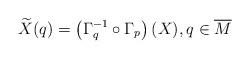
LaTeX: \begin{align*}\widetilde{X}(q) = \left( \Gamma_q^{-1} \circ \Gamma_p \right)(X), q \in \overline{M}\end{align*}